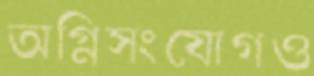
অগ্নিসংযোগও